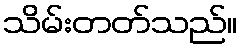
သိမ်းတတ်သည်။